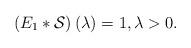
LaTeX: \begin{align*}\left(E_1*\mathcal{S}\right)(\lambda)=1,\lambda>0.\end{align*}